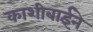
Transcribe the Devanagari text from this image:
काशीबाईने